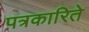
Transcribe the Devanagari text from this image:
पत्रकारिते